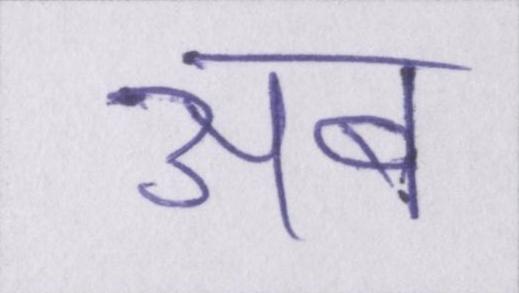
अब